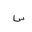
Letter: _sin